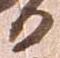
日